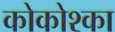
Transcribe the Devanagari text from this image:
कोकोश्का